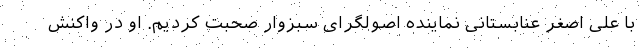
با علی اصغر عنابستانی نماینده اصولگرای سبزوار صحبت کردیم. او در واکنش